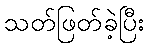
သတ်ဖြတ်ခဲ့ပြီး